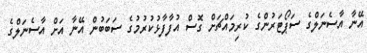
އޭނާ އާސެނަލްގެ ސަޕޯޓަރުންގެ ކުރިމައްޗަށް ގޮސް އުފާފާޅުކުރުމުގެ ސަބަބުން އޭނާ އަށް އާސެނަލްގެ